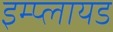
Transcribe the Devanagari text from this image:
इम्प्लायड